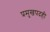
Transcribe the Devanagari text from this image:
प्रमुखपदही